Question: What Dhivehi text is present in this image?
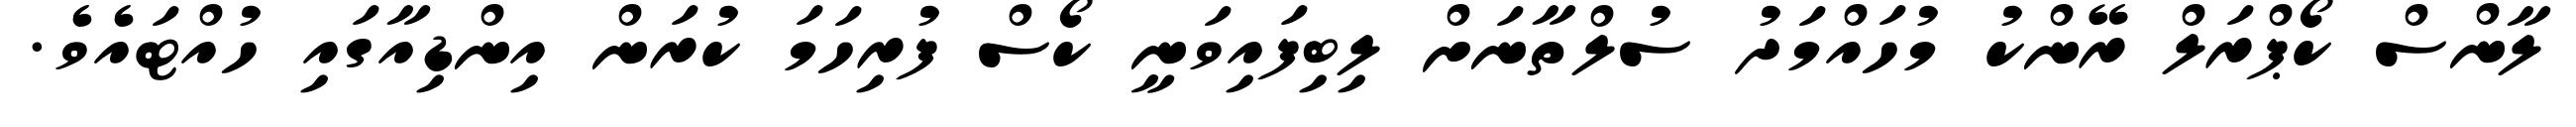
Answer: ލާންސް ކޯޕްރަލް ރޭންކު މުހައްމަދު ސުލްތާނަށް ލިބިފައިވަނީ ކޯސް ފުރިހަމަ ކުރަން އިންޑިއާގައި ހުއްޓައެވެ.